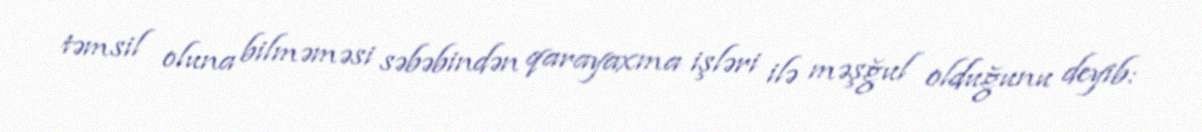
təmsil oluna bilməməsi səbəbindən qarayaxma işləri ilə məşğul olduğunu deyib: